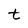
Character: t